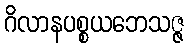
ဂိလာနပစ္စယဘေသဇ္ဇ